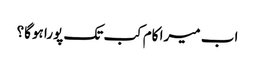
اب میرا کام کب تک پورا ہوگا؟